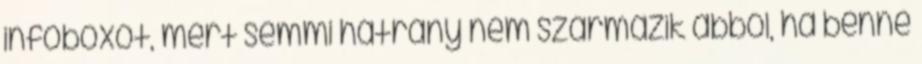
infoboxot, mert semmi hátrány nem származik abból, ha benne